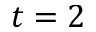
t = 2